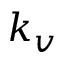
k _ { v }